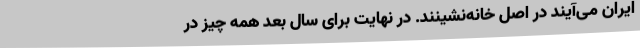
ایران می‌آیند در اصل خانه‌نشینند. در نهایت برای سال بعد همه چیز در